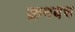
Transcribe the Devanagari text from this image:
क्रमबध